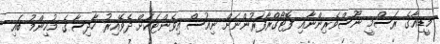
މީޑިއާގެ ރަސްމީ ނޫސްވެރިންނާއި ފޮޓޯގްރާފަރުންނަށް ނިއުސް އިވެންޓަކަށް ދެވޭއިރު ހާދިސާގެ މުހިންމު ބައި